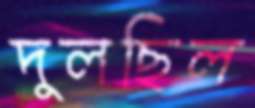
দুলছিল